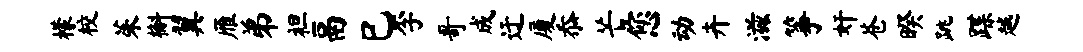
檬校茱槲翼雁弟袒鬲巳李哥成迂厦忝芒您动卉滋筝奸苍暌跳蹀越